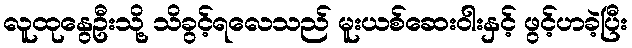
လူထုနွေဦးသို့ သိခွင့်ရလေသည် မူးယစ်ဆေးဝါးနှင့် ဖွင့်ဟခဲ့ပြီး